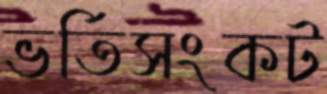
ভর্তিসংকট